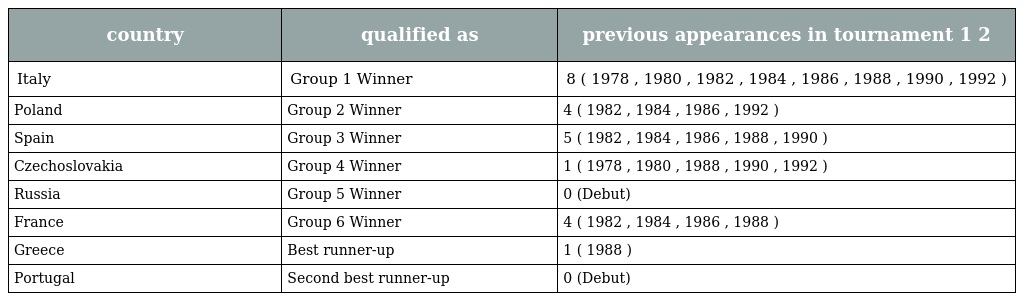
| country | qualified as | previous appearances in tournament 1 2 |
 | --- | --- | --- |
 | Italy | Group 1 Winner | 8 ( 1978 , 1980 , 1982 , 1984 , 1986 , 1988 , 1990 , 1992 ) |
 | Poland | Group 2 Winner | 4 ( 1982 , 1984 , 1986 , 1992 ) |
 | Spain | Group 3 Winner | 5 ( 1982 , 1984 , 1986 , 1988 , 1990 ) |
 | Czechoslovakia | Group 4 Winner | 1 ( 1978 , 1980 , 1988 , 1990 , 1992 ) |
 | Russia | Group 5 Winner | 0 (Debut) |
 | France | Group 6 Winner | 4 ( 1982 , 1984 , 1986 , 1988 ) |
 | Greece | Best runner-up | 1 ( 1988 ) |
 | Portugal | Second best runner-up | 0 (Debut) |